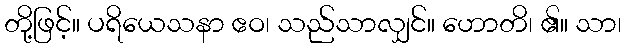
တို့ဖြင့်။ ပရိယေသနာ ဧဝ၊ သည်သာလျှင်။ ဟောတိ၊ ၏။ သာ၊